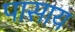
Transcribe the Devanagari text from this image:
पासाय